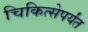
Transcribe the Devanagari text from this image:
चिकित्सेपर्यंत